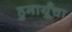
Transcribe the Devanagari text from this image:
हुमायूँचा